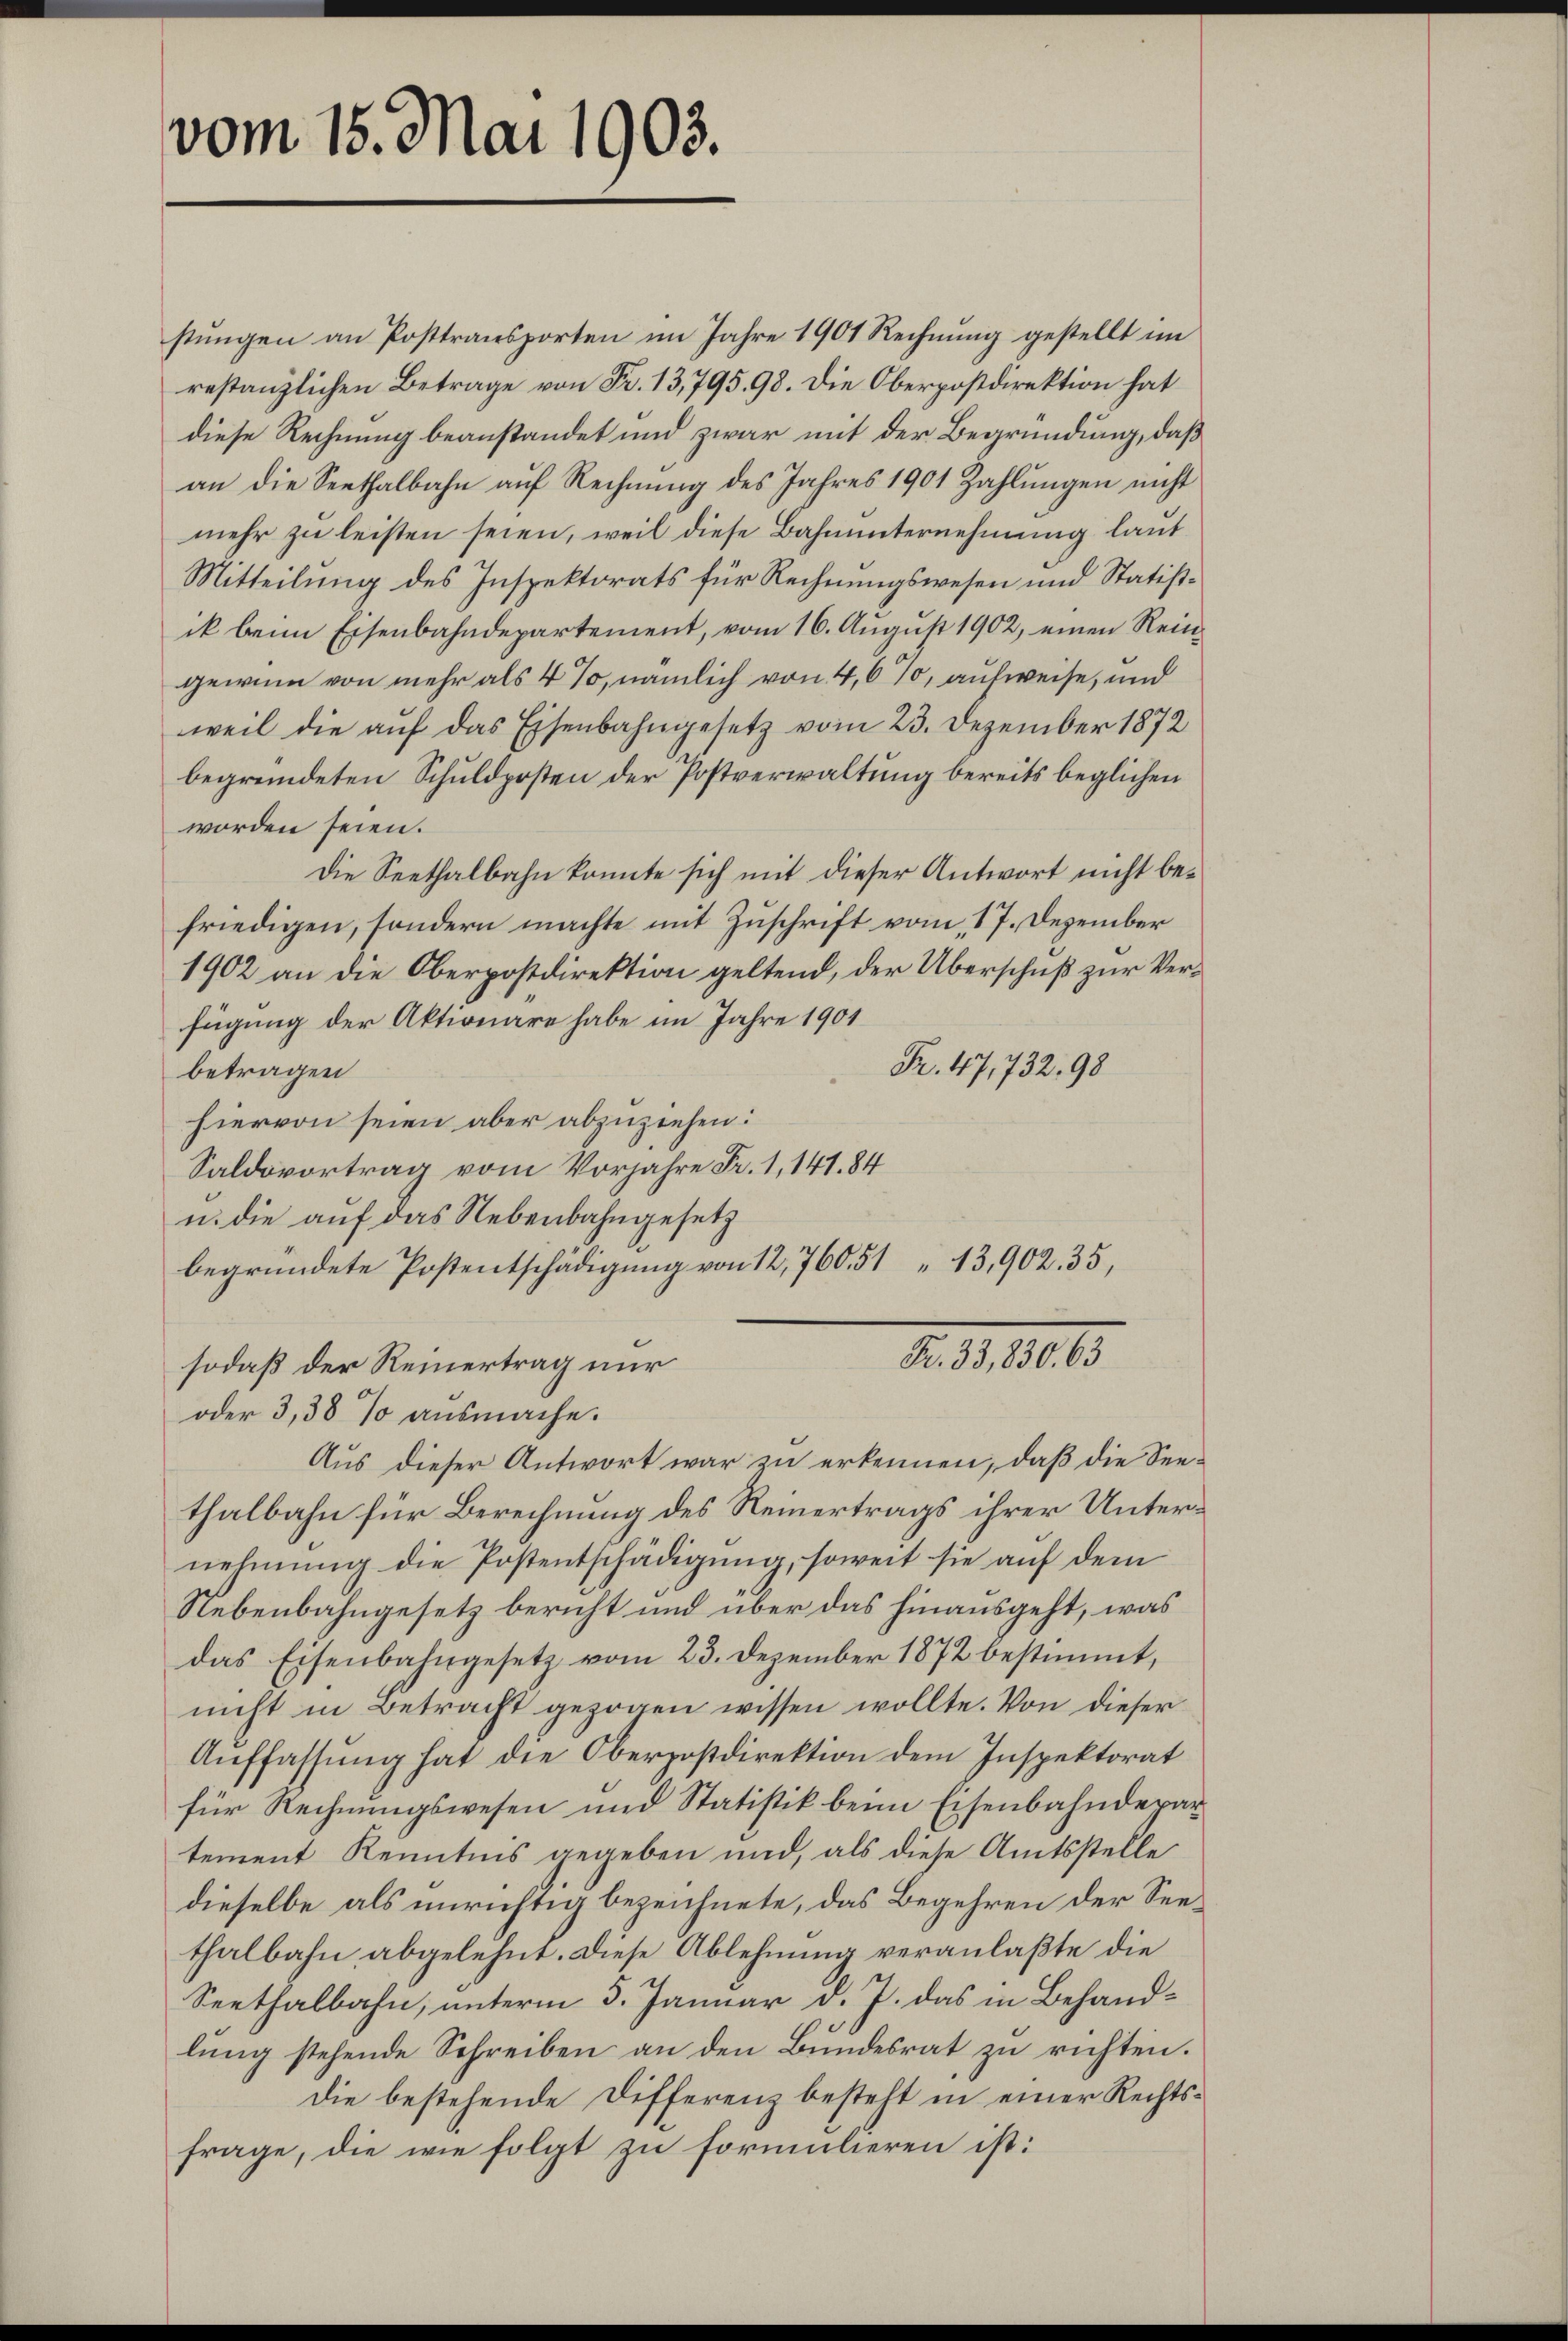
vom 15. Mai 1903.

stungen an Posttransporten im Jahre 1901 Rechnung gestellt im
restanzlichen Betrage von Fr. 13,795. 98. Die Oberpostdirektion hat
diese Rechnung beanstandet und zwar mit der Begründung, daß
an die Seethalbahn auf Rechnung des Jahres 1901 Zahlungen nicht
mehr zu leisten seien, weil diese Bahnunternehmung laut
Mitteilung des Inspektorats für Rechnungswesen und Statistgewinn von mehr als 4%, nämlich von 4,6%, aufweise, und
weil die auf das Eisenbahngesetz vom 23. Dezember 1872
begründeten Schuldposten der Postverwaltung bereits beglichen
worden seien.
Die Seethalbahn konnte sich mit dieser Antwort nicht befriedigen, sondern machte mit Zuschrift vom 17. Dezember
1902 an die Oberpostdirektion geltend, der Überschuß zur Verfügung der Aktionäre habe im Jahre 1901
Fr. 47,732. 98
betragen
hiervon seien aber abzuziehen:
Saldovortrag vom Vorjahre Fr. 1, 141. 84
u. die auf das Nebenbahngesetz
begründete Postentschädigung von 12,760. 5113,902. 35,
Fr. 33,830. 63
sodaß der Reinertrag nur
oder 3,38 % ausmache.
Aus dieser Antwort war zu erkennen, daß die Seethalbahn für Berechnung des Reinertrags ihrer Unternehmung die Postentschädigung, soweit sie auf dem
Nebenbahngesetz bericht und über das hinausgeht, was
das Eisenbahngesetz vom 23. Dezember 1872 bestimmt,
nicht in Betracht gezogen wissen wollte. Von dieser
Auffassung hat die Oberpostdirektion dem Inspektorat
für Rechnungswesen und Statistik beim Eisenbahndepar
tement Kenntnis gegeben und, als diese Amtsstelle
dieselbe als unrichtig bezeichnete, das Begehren der Seethalbahn abgelehnt. Diese Ablehnung veranlaßte die
Seethalbahn, unterm 3. Januar d. J. das in Behandlung stehende Schreiben an den Bundesrat zu richten.
die bestehende Differenz besteht in einer Rechtsfrage, die wie folgt zu formulieren ist:

ik beim Eisenbahndepartement, vom 16. August 1902, einen Rein¬